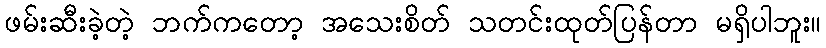
ဖမ်းဆီးခဲ့တဲ့ ဘက်ကတော့ အသေးစိတ် သတင်းထုတ်ပြန်တာ မရှိပါဘူး။